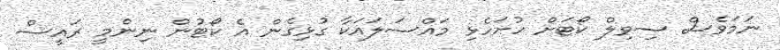
ނަމަވެސް ސިވިލް ކޯޓަށް ހުށަހެޅި މައްސަލައަކާ ގުޅިގެން އެ ކޯޓުން ނިންމީ ރައީސް